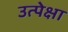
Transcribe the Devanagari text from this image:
उत्पेक्षा